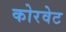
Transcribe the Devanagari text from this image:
कोरवेट